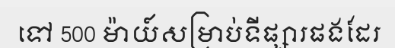
ទៅ 500 ម៉ាយ៍សម្រាប់ទីផ្សារផងដែរ